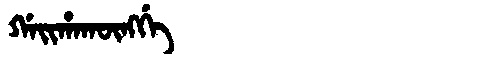
Manchu: ᡤᠠᡳᡥᠠᡴᡡᠩᡤᡝ
Romanization: GAIHAKŪNGGE